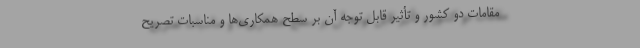
مقامات دو کشور و تأثیر قابل توجه آن بر سطح همکاری‌ها و مناسبات تصریح